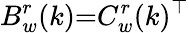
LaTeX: B_{w}^{r}(k){=}C_{w}^{r}(k)^{\top}